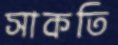
সাকতি